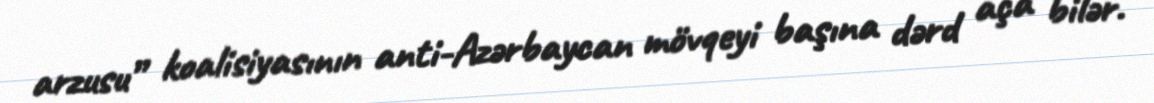
arzusu” koalisiyasının anti-Azərbaycan mövqeyi başına dərd aça bilər.